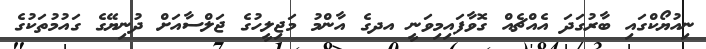
ނިއުޔޯކްގައި ބާރުގަދަ އެއްޗެއް ގޮވާފައިމިވަނީ އދގެ އާންމު މަޖިލީހުގެ ޖަލްސާއަށް ދުނިޔޭގެ ގައުމުތަކުގެ